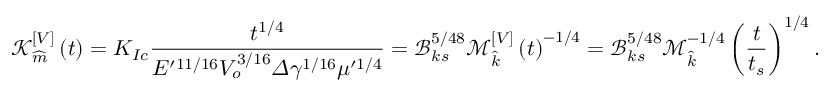
\mathcal { K } _ { \widehat { m } } ^ { [ V ] } \left( t \right) = K _ { I c } \frac { t ^ { 1 / 4 } } { E ^ { \prime 1 1 / 1 6 } V _ { o } ^ { 3 / 1 6 } \varDelta \gamma ^ { 1 / 1 6 } \mu ^ { \prime 1 / 4 } } = \mathcal { B } _ { k s } ^ { 5 / 4 8 } \mathcal { M } _ { \widehat { k } } ^ { [ V ] } \left( t \right) ^ { - 1 / 4 } = \mathcal { B } _ { k s } ^ { 5 / 4 8 } \mathcal { M } _ { \widehat { k } } ^ { - 1 / 4 } \left( \frac { t } { t _ { s } } \right) ^ { 1 / 4 } .